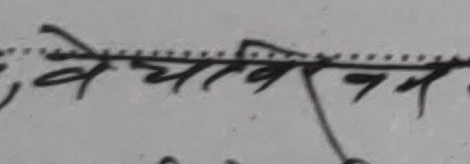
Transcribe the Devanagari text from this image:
वेचाविन्म